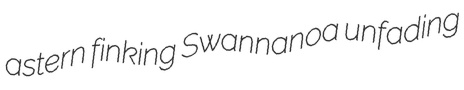
astern finking Swannanoa unfading